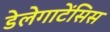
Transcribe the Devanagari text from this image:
डेलेगाटेंसिस